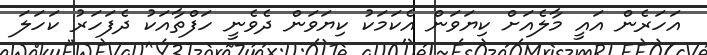
އަހަރެން އައީ މާލެއަށް ކިޔަވަން އެކަމަކު ކިޔަވަން ދެވެނީ ހަފްތާއަކު ދެފަހަރު ކަހަލަ